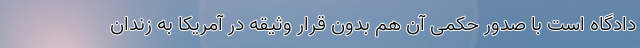
دادگاه است با صدور حکمی آن هم بدون قرار وثیقه در آمریکا به زندان